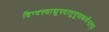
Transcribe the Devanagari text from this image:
दिग्वस्त्राद्युपदातुमुपाकर्षन्तम्‌।